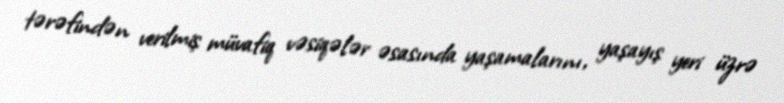
tərəfindən verilmiş müvafiq vəsiqələr əsasında yaşamalarını, yaşayış yeri üzrə